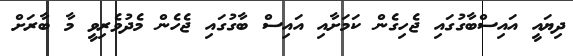
ދިޔައީ އައިސްބާގުގައި ޖެހިގެން ކަމަށާއި އައިސް ބާގުގައި ޖެހެން މެދުވެރިވީ މާ ބާރަށް